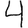
Digit: 4